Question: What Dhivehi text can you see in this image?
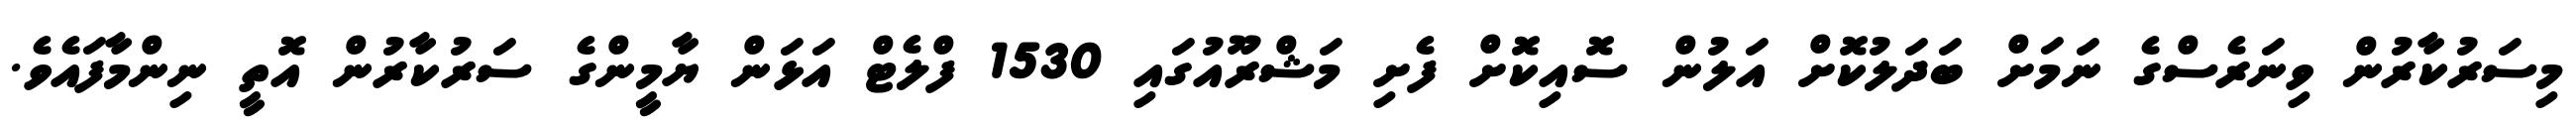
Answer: މިސަރުކާރުން ވިނަރެސްގެ ނަމަށް ބަދަލުކޮށް އަލުން ސޮއިކޮށް ފެށި މަޝްރޫއުގައި 1530 ފްލެޓް އަޅަން ޔާމީންގެ ސަރުކާރުން އޮތީ ނިންމާފައެވެ.